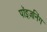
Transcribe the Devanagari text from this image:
पॉइज़निंग